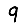
Digit: 9